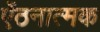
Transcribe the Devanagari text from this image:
ऐंठनात्मक